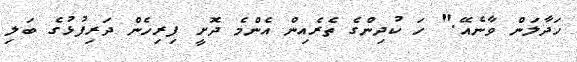
ހަދާލަން ވާނެއޭ." ހަ ކުދިންގެ ތެރެއިން އެންމެ ދޮށީ ފިރިހެން ދަރިފުޅުގެ ބަލި